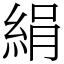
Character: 絹